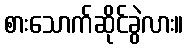
စားသောက်ဆိုင်ခွဲလား။